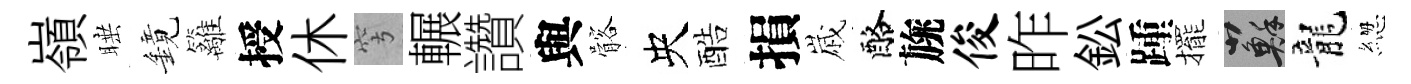
嶺睡鏡籬授休穹輾讚與髂央酷損𡻕酪旐俊昨鈆踵擺蘇龍緫